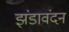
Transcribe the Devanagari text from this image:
झंडावंदन